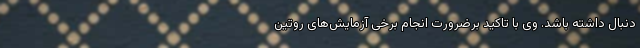
دنبال داشته باشد. وی با تاکید برضرورت انجام برخی آزمایش‌های روتین